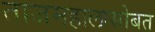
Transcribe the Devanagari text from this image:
ताजमहालासोबत